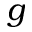
g